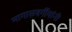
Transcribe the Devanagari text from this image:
मागासवर्गीयांनी